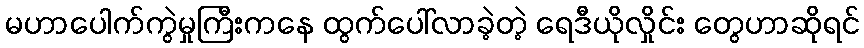
မဟာပေါက်ကွဲမှုကြီးကနေ ထွက်ပေါ်လာခဲ့တဲ့ ရေဒီယိုလှိုင်း တွေဟာဆိုရင်